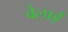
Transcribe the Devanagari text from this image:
वेलाई